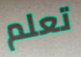
تعلم